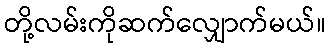
တို့လမ်းကိုဆက်လျှောက်မယ်။